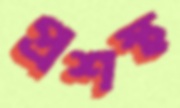
প্রশস্থ